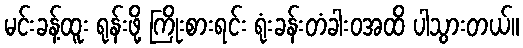
မင်းခန့်ထူး ရုန်းဖို့ ကြိုးစားရင်း ရုံးခန်းတံခါးဝအထိ ပါသွားတယ်။